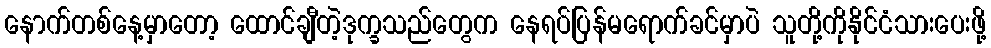
နောက်တစ်နေ့မှာတော့ ထောင်ချီတဲ့ဒုက္ခသည်တွေက နေရပ်ပြန်မရောက်ခင်မှာပဲ သူတို့ကိုနိုင်ငံသားပေးဖို့